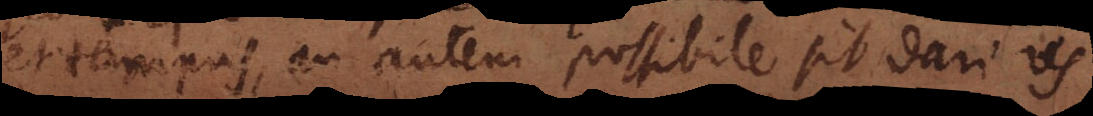
et tempus, an autem possibile sit dari res